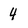
Character: 4